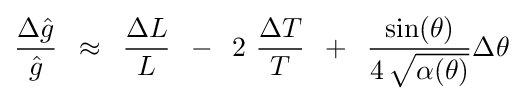
{{\Delta {\hat {g}}} \over {\hat {g}}}\,\,\,\approx \,\,\,{{\Delta L} \over L}\,\,\,-\,\,\,2\,\,{{\Delta T} \over T}\,\,\,+\,\,\,{{\sin(\theta )} \over {4\,{\sqrt {\alpha (\theta )}}}}\Delta \theta